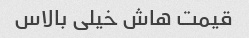
قیمت هاش خیلی بالاس